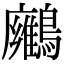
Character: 𪇛